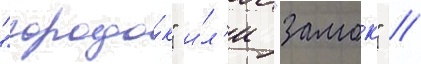
"городо́к" и́л'и "замок" //